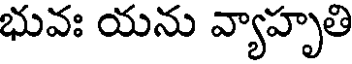
భువః యను వ్యాహృతి